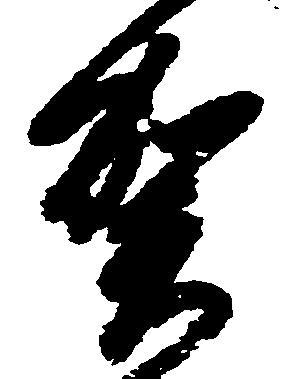
賀